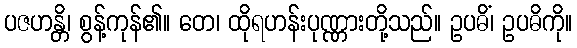
ပဇဟန္တိ၊ စွန့်ကုန်၏။ တေ၊ ထိုရဟန်းပုဏ္ဏားတို့သည်။ ဥပဓိံ၊ ဥပဓိကို။